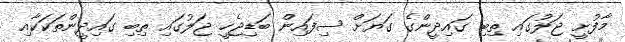
މާފުށީ ޖަލުގައި ތިބި ގައިދީންގެ ގަޔަށް ސިފައިން ބަޑިޖެހީ ޖަލުގައި ތިބި ގައިދީންތަކަކާއި